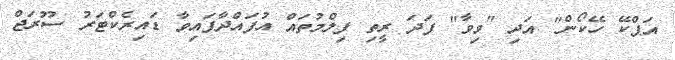
އަޕްކޭ ހޭކޯން" އަދި "ވިވާ" ފަދަ ރީތި ފިލްމުތައް އުފައްދާފައިވާ ޑައިރެކްޓަރު ސޫރަޖް